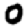
Digit: 0